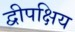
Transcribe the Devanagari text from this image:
द्वीपक्षिय